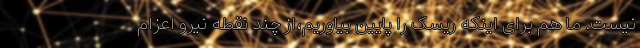
نیست. ما هم برای اینکه ریسک را پایین بیاوریم،‌از چند نقطه نیرو اعزام